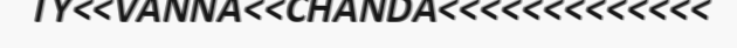
TY<<VANNA<<CHANDA<<<<<<<<<<<<<